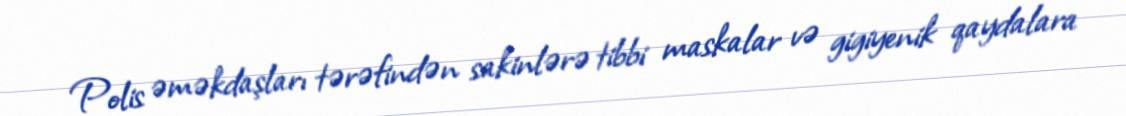
Polis əməkdaşları tərəfindən sakinlərə tibbi maskalar və gigiyenik qaydalara